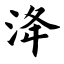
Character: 洚